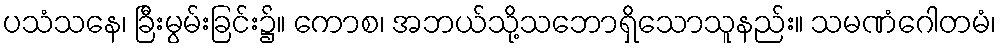
ပသံသနေ၊ ခြီးမွမ်းခြင်း၌။ ကောစ၊ အဘယ်သို့သဘောရှိသောသူနည်း။ သမဏံဂေါတမံ၊